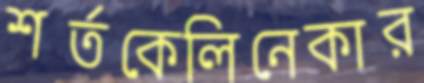
শর্তকেলিনেকার